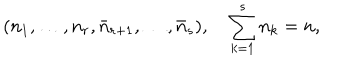
LaTeX: ( n _ { 1 } , \ldots , n _ { r } , \bar { n } _ { r + 1 } , \ldots , \bar { n } _ { s } ) , \quad \sum _ { k = 1 } ^ { s } n _ { k } = n ,